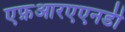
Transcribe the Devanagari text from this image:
एफ़आरएएनडी